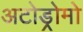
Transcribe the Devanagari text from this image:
अटोड्रोमो